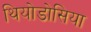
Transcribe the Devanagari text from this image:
थियोडोसिया